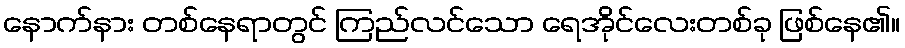
နောက်နား တစ်နေရာတွင် ကြည်လင်သော ရေအိုင်လေးတစ်ခု ဖြစ်နေ၏။